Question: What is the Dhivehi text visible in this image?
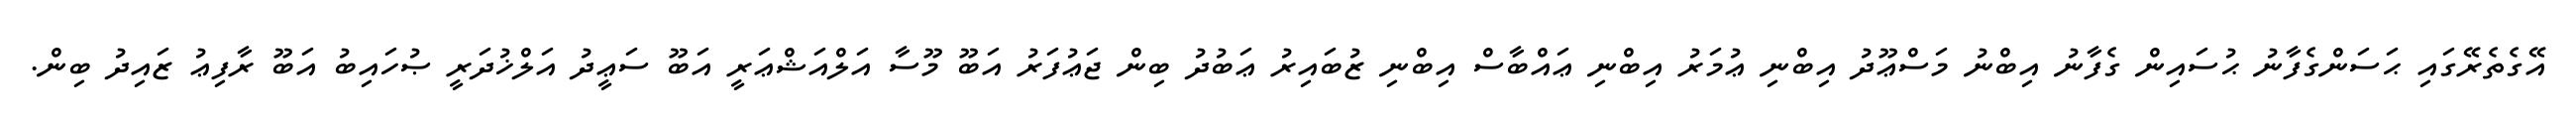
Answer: އޭގެތެރޭގައި ޙަސަންގެފާނު ޙުސައިން ގެފާނު އިބްނު މަސްޢޫދު އިބްނި ޢުމަރު އިބްނި ޢައްބާސް އިބްނި ޒުބައިރު ޢަބުދު ބިން ޖަޢުފަރު އަބޫ މޫސާ އަލްއަޝްޢަރީ އަބޫ ސަޢީދު އަލްޚުދަރީ ޞުހައިބު އަބޫ ރާފިޢު ޒައިދު ބިން.